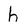
Character: h